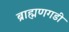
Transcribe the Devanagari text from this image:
ब्राह्मणगडी